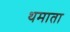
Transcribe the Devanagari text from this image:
थमाता